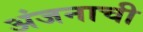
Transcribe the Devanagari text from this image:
अंजनाची